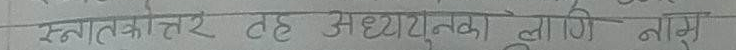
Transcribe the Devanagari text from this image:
स्नातकोत्तर वह अध्ययनका लागि नामु